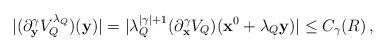
LaTeX: \begin{align*} |(\partial_{{\bf y}}^{\gamma}V_{Q}^{\lambda_{Q}})({\bf y})| = |\lambda_{Q}^{|\gamma|+1}(\partial_{{\bf x}}^{\gamma}V_{Q})({\bf x}^{0}+\lambda_{Q}{\bf y})|\leq C_{\gamma}(R)\,,\end{align*}